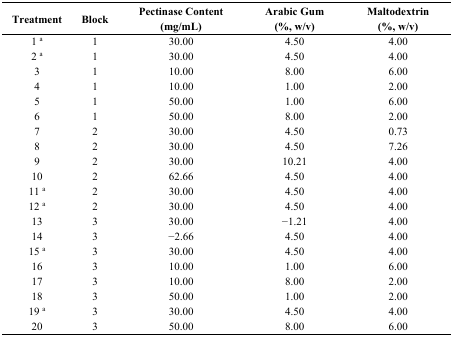
<table><thead><tr><td><b>Treatment</b></td><td><b>Block</b></td><td><b>Pectinase Content (mg/mL)</b></td><td><b>Arabic Gum (%, w/v)</b></td><td><b>Maltodextrin (%, w/v)</b></td></tr></thead><tbody><tr><td>1a</td><td>1</td><td>30.00</td><td>4.50</td><td>4.00</td></tr><tr><td>2a</td><td>1</td><td>30.00</td><td>4.50</td><td>4.00</td></tr><tr><td>3</td><td>1</td><td>10.00</td><td>8.00</td><td>6.00</td></tr><tr><td>4</td><td>1</td><td>10.00</td><td>1.00</td><td>2.00</td></tr><tr><td>5</td><td>1</td><td>50.00</td><td>1.00</td><td>6.00</td></tr><tr><td>6</td><td>1</td><td>50.00</td><td>8.00</td><td>2.00</td></tr><tr><td>7</td><td>2</td><td>30.00</td><td>4.50</td><td>0.73</td></tr><tr><td>8</td><td>2</td><td>30.00</td><td>4.50</td><td>7.26</td></tr><tr><td>9</td><td>2</td><td>30.00</td><td>10.21</td><td>4.00</td></tr><tr><td>10</td><td>2</td><td>62.66</td><td>4.50</td><td>4.00</td></tr><tr><td>11a</td><td>2</td><td>30.00</td><td>4.50</td><td>4.00</td></tr><tr><td>12a</td><td>2</td><td>30.00</td><td>4.50</td><td>4.00</td></tr><tr><td>13</td><td>3</td><td>30.00</td><td>−1.21</td><td>4.00</td></tr><tr><td>14</td><td>3</td><td>−2.66</td><td>4.50</td><td>4.00</td></tr><tr><td>15a</td><td>3</td><td>30.00</td><td>4.50</td><td>4.00</td></tr><tr><td>16</td><td>3</td><td>10.00</td><td>1.00</td><td>6.00</td></tr><tr><td>17</td><td>3</td><td>10.00</td><td>8.00</td><td>2.00</td></tr><tr><td>18</td><td>3</td><td>50.00</td><td>1.00</td><td>2.00</td></tr><tr><td>19a</td><td>3</td><td>30.00</td><td>4.50</td><td>4.00</td></tr><tr><td>20</td><td>3</td><td>50.00</td><td>8.00</td><td>6.00</td></tr></tbody></table>